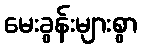
မေးခွန်းများစွာ